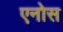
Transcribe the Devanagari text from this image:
एनोस